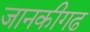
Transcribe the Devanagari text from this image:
जानकीगढ